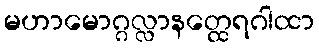
မဟာမောဂ္ဂလ္လာနတ္ထေရဂါထာ